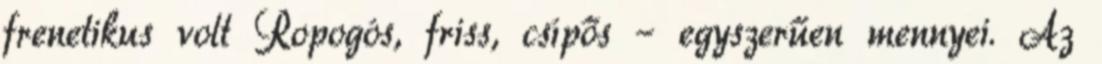
frenetikus volt Ropogós, friss, csípős – egyszerűen mennyei. Az